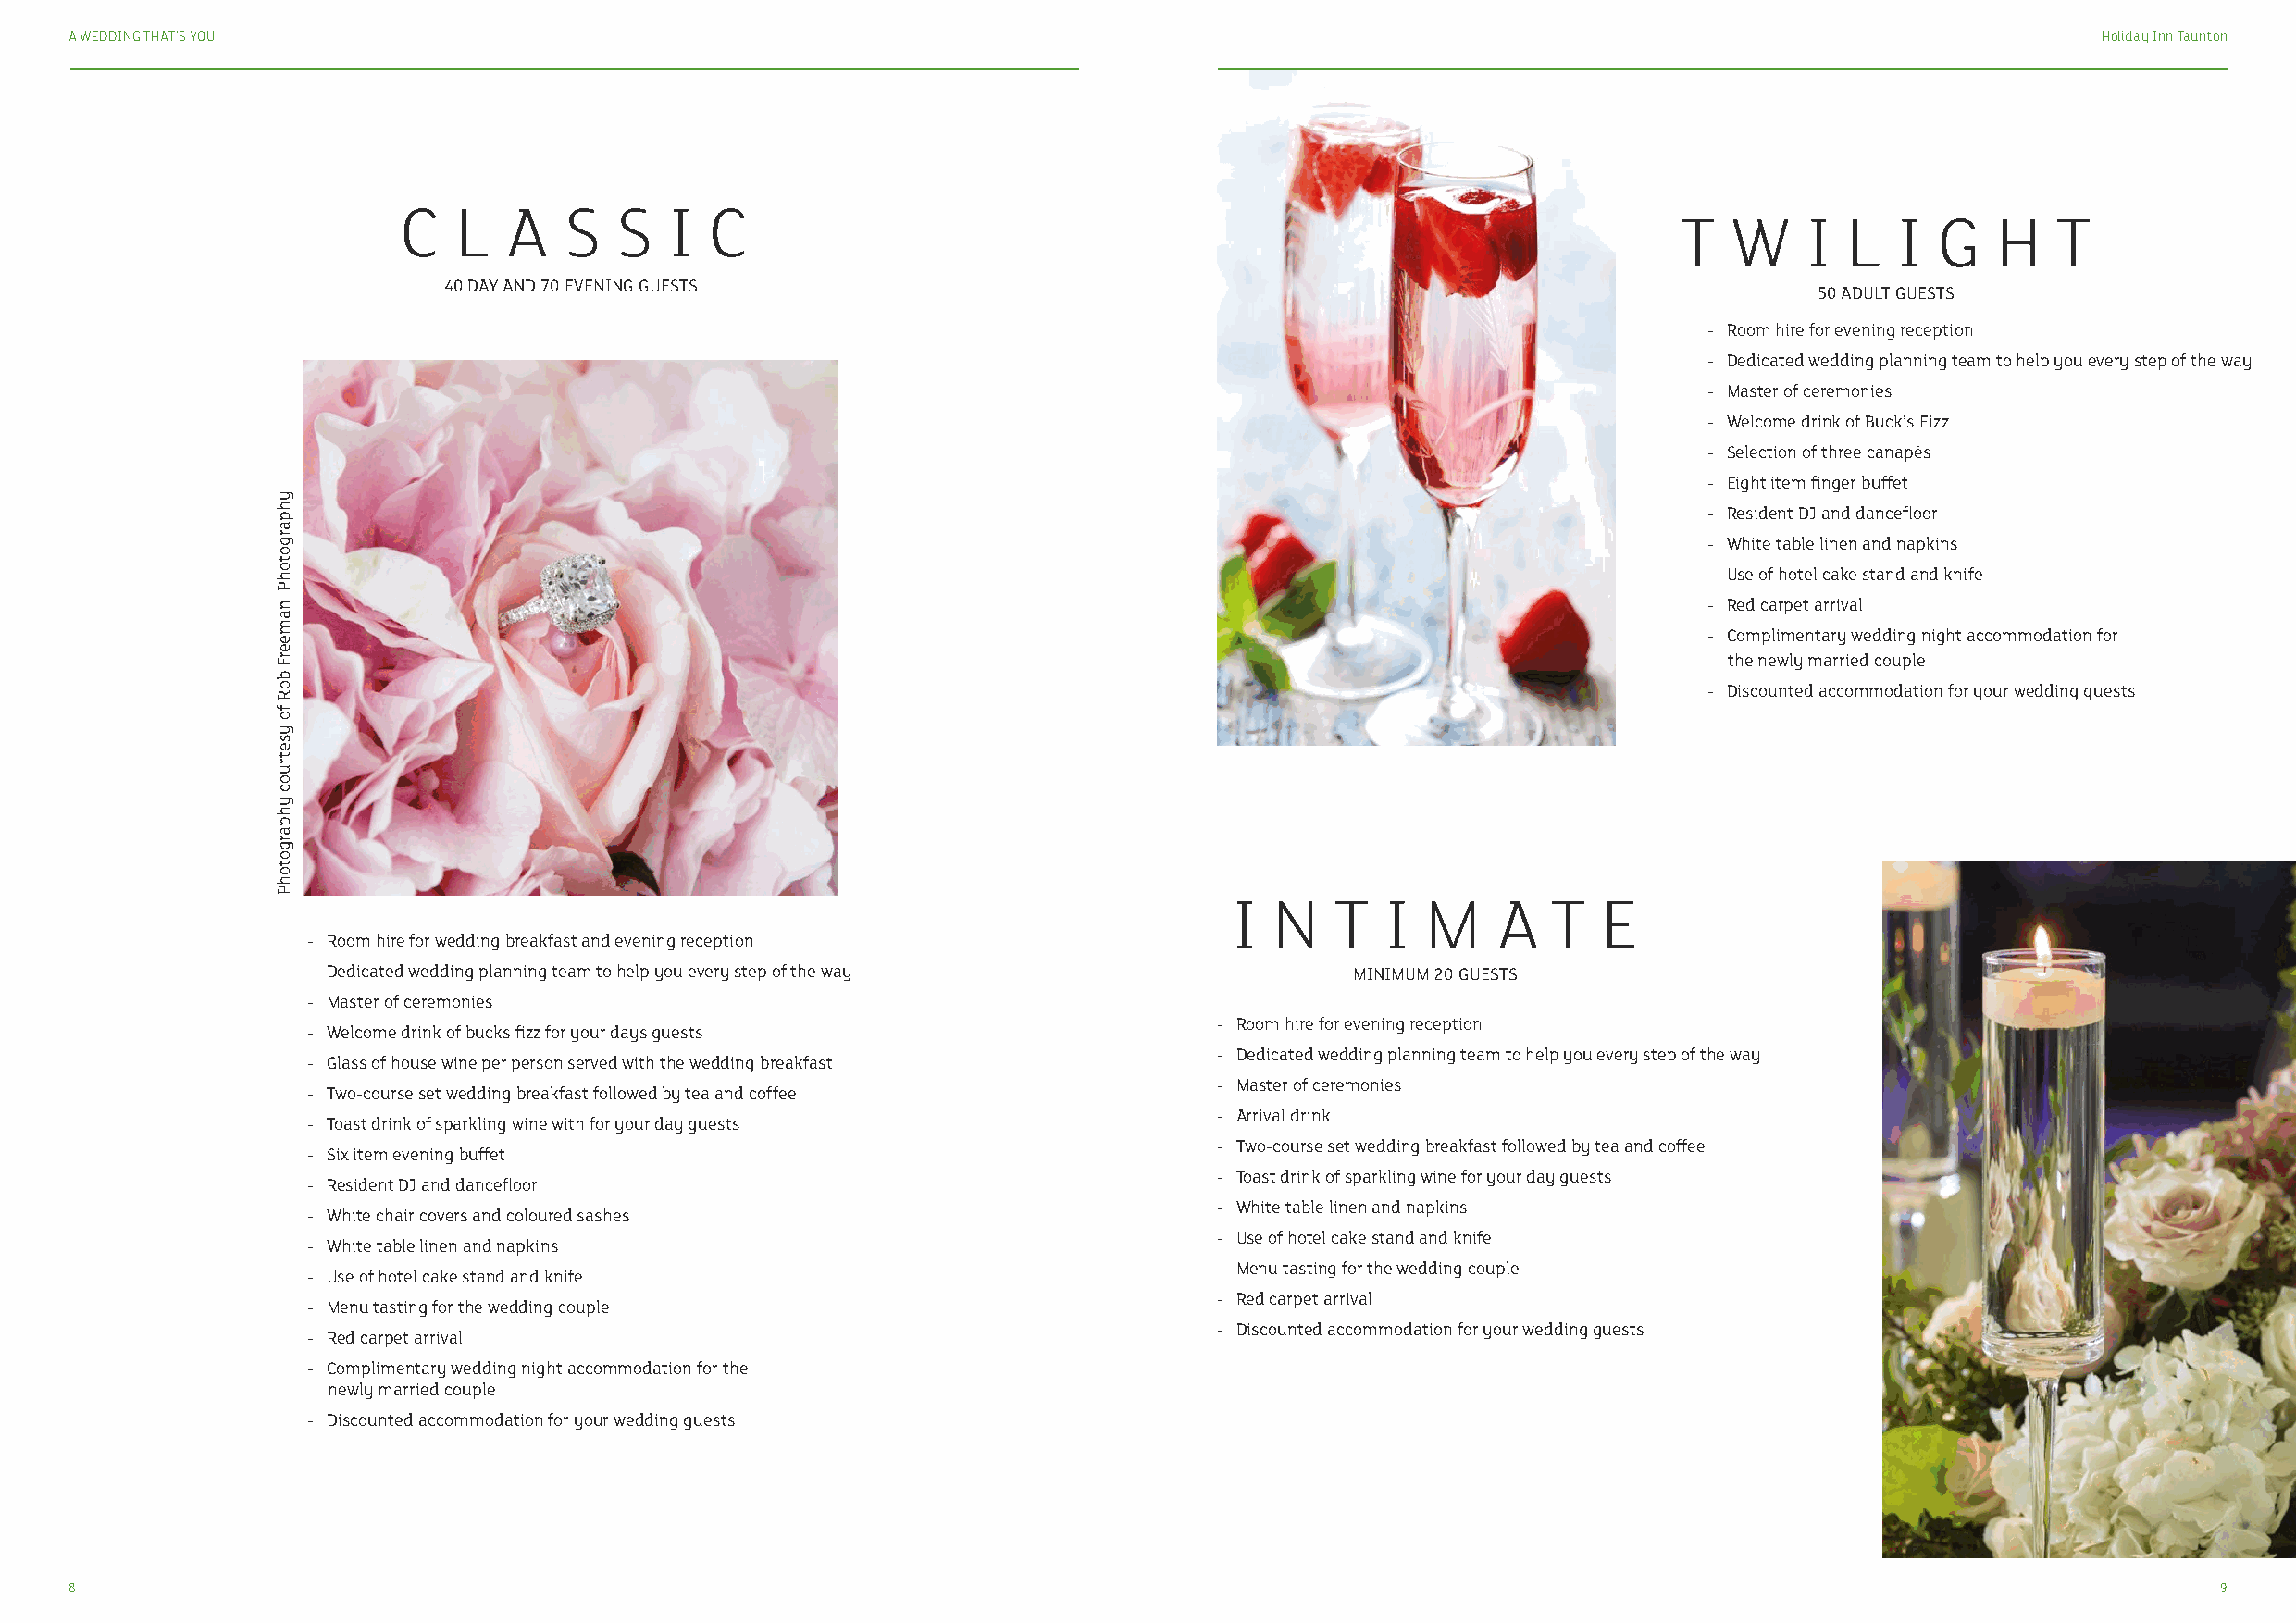
A WEDDING THAT’S YOU                                                                                                                             Holiday Inn Taunton
 C   L  A   S   S   I  C
 T   W    I  L   I  G   H   T
 40 DAY AND 70 EVENING GUESTS
 50 ADULT GUESTS
 - Room hire for evening reception
 - Dedicated wedding planning team to help you every step of the way
 - Master of ceremonies
 - Welcome drink of Buck’s Fizz
 - Selection of three canapés
 - Eight item finger buffet
 - Resident DJ and dancefloor
 - White table linen and napkins
 - Use of hotel cake stand and knife
 - Red carpet arrival
 - Complimentary wedding night accommodation for
 the newly married couple
 - Discounted accommodation for your wedding guests
 I  N   T   I  M    A   T   E
 - Room hire for wedding breakfast and evening reception
 - Dedicated wedding planning team to help you every step of the way        MINIMUM 20 GUESTS
 - Master of ceremonies
 - Room hire for evening reception
 - Welcome drink of bucks fizz for your days guests
 - Dedicated wedding planning team to help you every step of the way
 - Glass of house wine per person served with the wedding breakfast
 - Master of ceremonies
 - Two-course set wedding breakfast followed by tea and coffee
 - Arrival drink
 - Toast drink of sparkling wine with for your day guests
 - Two-course set wedding breakfast followed by tea and coffee
 - Six item evening buffet
 - Toast drink of sparkling wine for your day guests
 - Resident DJ and dancefloor
 - White table linen and napkins
 - White chair covers and coloured sashes
 - Use of hotel cake stand and knife
 - White table linen and napkins
 - Menu tasting for the wedding couple
 - Use of hotel cake stand and knife
 - Red carpet arrival
 - Menu tasting for the wedding couple
 - Discounted accommodation for your wedding guests
 - Red carpet arrival
 - Complimentary wedding night accommodation for the
 newly married couple
 - Discounted accommodation for your wedding guests
 8                                                                                                                                                         9
 yhpargotohP
 nameerF
 boR
 fo
 ysetruoc
 yhpargotohP